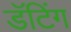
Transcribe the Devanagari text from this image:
डॅटिंग